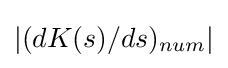
|(d{K(s)}/ds)_{num}|